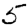
Digit: 5